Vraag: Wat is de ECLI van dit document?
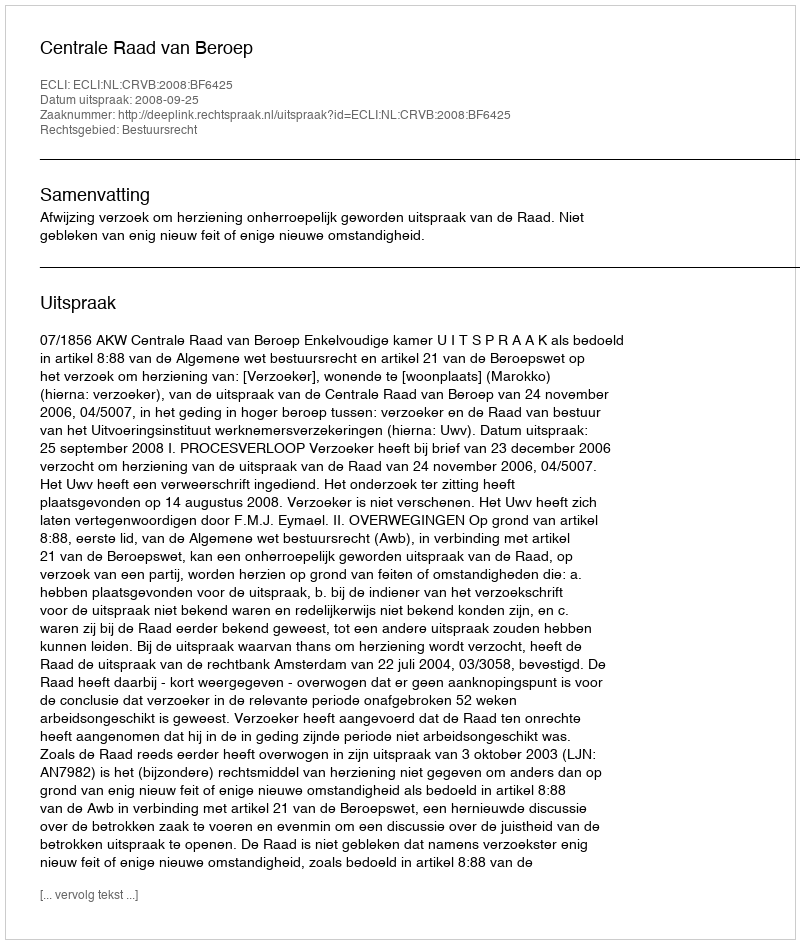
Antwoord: ECLI:NL:CRVB:2008:BF6425